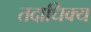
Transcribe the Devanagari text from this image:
तदाधिक्य